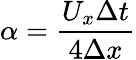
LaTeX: \alpha={\frac{U_{x}\Delta t}{4\Delta x}}